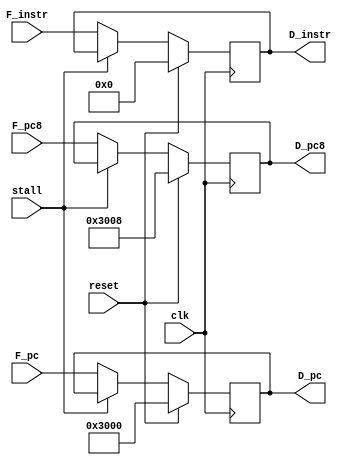
module D_Reg (
    //input
    input [31:0] F_instr,
    input [31:0] F_pc,
    input [31:0] F_pc8,
    input reset,
    input stall,
    input clk,
    //output
    output [31:0] D_instr,
    output [31:0] D_pc8,
    output [31:0] D_pc
);

reg [31:0] D_instr_reg,D_pc8_reg,D_pc_reg ;

always @(posedge clk ) begin
    if (reset) begin
        D_instr_reg <= 32'h0;
        D_pc8_reg <= 32'h0000_3008;
        D_pc_reg <= 32'h0000_3000;
    end
    else if (!stall) begin
        D_instr_reg <= F_instr;
        D_pc8_reg <= F_pc8;
        D_pc_reg <= F_pc;
    end
end

assign D_instr = D_instr_reg;
assign D_pc8 = D_pc8_reg;
assign D_pc = D_pc_reg;
    
endmodule